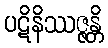
ပဋိနိဿဇ္ဇန္တိ